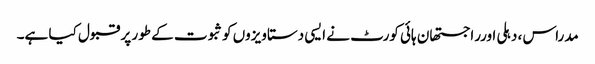
مدراس ، دہلی اورراجستھان ہائی کورٹ نے ایسی دستاویزوں کوثبوت کے طور پر قبول کیا ہے۔